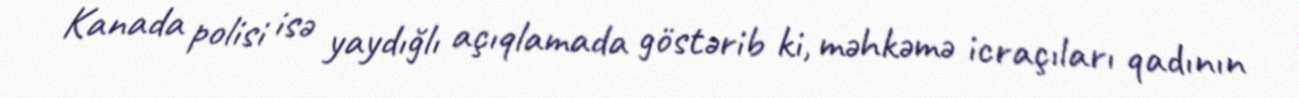
Kanada polisi isə yaydığlı açıqlamada göstərib ki, məhkəmə icraçıları qadının